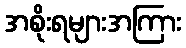
အစိုးရများအကြား